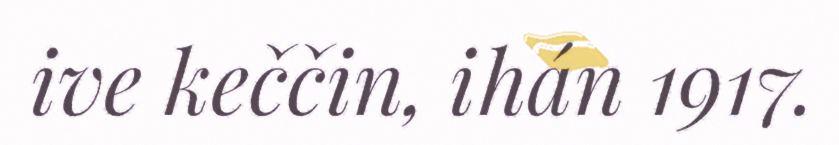
ive keččin, ihán 1917.